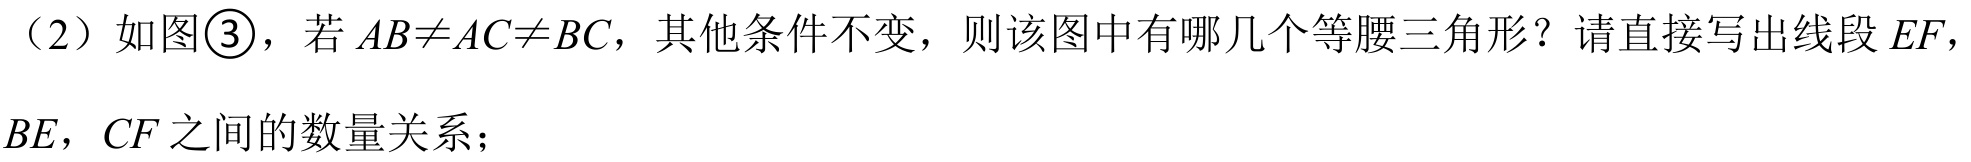
（2）如图\textcircled{3}，若\(AB\neq AC\neq BC\)，其他条件不变，则该图中有哪几个等腰三角形？请直接写出线段\(EF\)，\(BE\)，\(CF\)之间的数量关系；